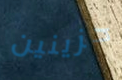
حزينين